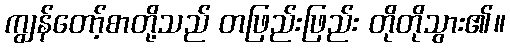
ကျွန်တော့်စာတို့သည် တဖြည်းဖြည်း တိုတိုသွား၏။